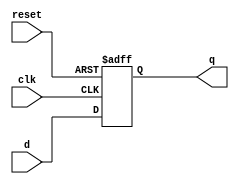
`timescale 1ns / 1ps
//////////////////////////////////////////////////////////////////////////////////
// Company: 
// Engineer: 
// 
// Design Name: 
// Module Name: flopr
// Project Name: 
// Target Devices: 
// Tool Versions: 
// Description: 
// 
// Dependencies: 
// 
// Revision:
// Revision 0.01 - File Created
// Additional Comments:
// 
//////////////////////////////////////////////////////////////////////////////////


module flopr #(parameter WIDTH = 8)
(
    input clk, reset,
    input [WIDTH-1 : 0] d,
    output reg [WIDTH-1:0] q
    );
    always @(posedge clk, posedge reset) begin
        if(reset) q <= 0;
        else q <= d;
    end
endmodule